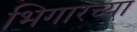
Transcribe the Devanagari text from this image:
भिगारच्या